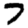
Digit: 7